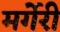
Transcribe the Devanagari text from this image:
मर्गेरी